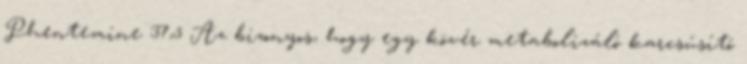
Phentemine 37,5 Az bizonyos, hogy egy kövér metabolizáló karcsúsító